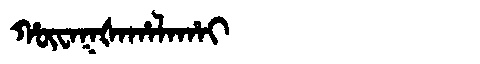
Manchu: ᡥᡡᠸᠠᡴᡧᠠᡥᠠᠯᠠᡥᠠᡳ
Romanization: HŪWAKŠAHALAHAI